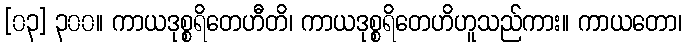
[၀၃] ၃၀၀။ ကာယဒုစ္စရိတေဟီတိ၊ ကာယဒုစ္စရိတေဟိဟူသည်ကား။ ကာယတော၊